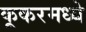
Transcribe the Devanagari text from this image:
कूकरमध्ये